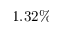
1 . 3 2 \%